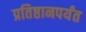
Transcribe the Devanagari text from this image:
प्रतिष्ठानपर्यंत